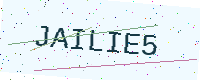
Text: JAILIE5